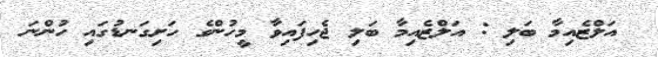
އަލްޒެއިމާ ބަލި : އަލްޒެއިމާ ބަލި ޖެހިފައިވާ މީހުންގެ ހަށިގަނޑުގައި ހުންނަ